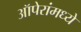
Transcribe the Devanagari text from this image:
ऑपेरांमध्ये